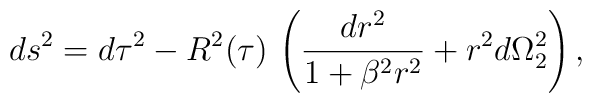
ds^2 = d\tau^2 - R^2(\tau)\, \left(\frac{dr^2}{1+\beta^2 r^2} + r^2  d\Omega_{2}^2\right),